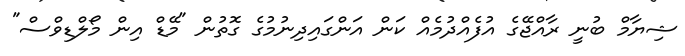
ޝިޔާމް ބުނީ ރާއްޖޭގެ އުފެއްދުމެއް ކަން އަންގައިދިނުމުގެ ގޮތުން "މޭޑް އިން މޯލްޑިވްސް"